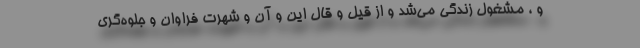
و ، مشغول زندگی می‌شد و از قیل و قال این و آن و شهرت فراوان و جلوه‌گری